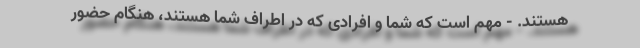
هستند. - مهم است که شما و افرادی که در اطراف شما هستند، هنگام حضور